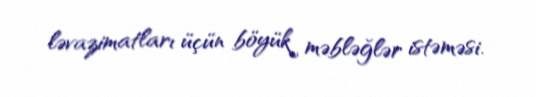
ləvazimatları üçün böyük məbləğlər istəməsi.